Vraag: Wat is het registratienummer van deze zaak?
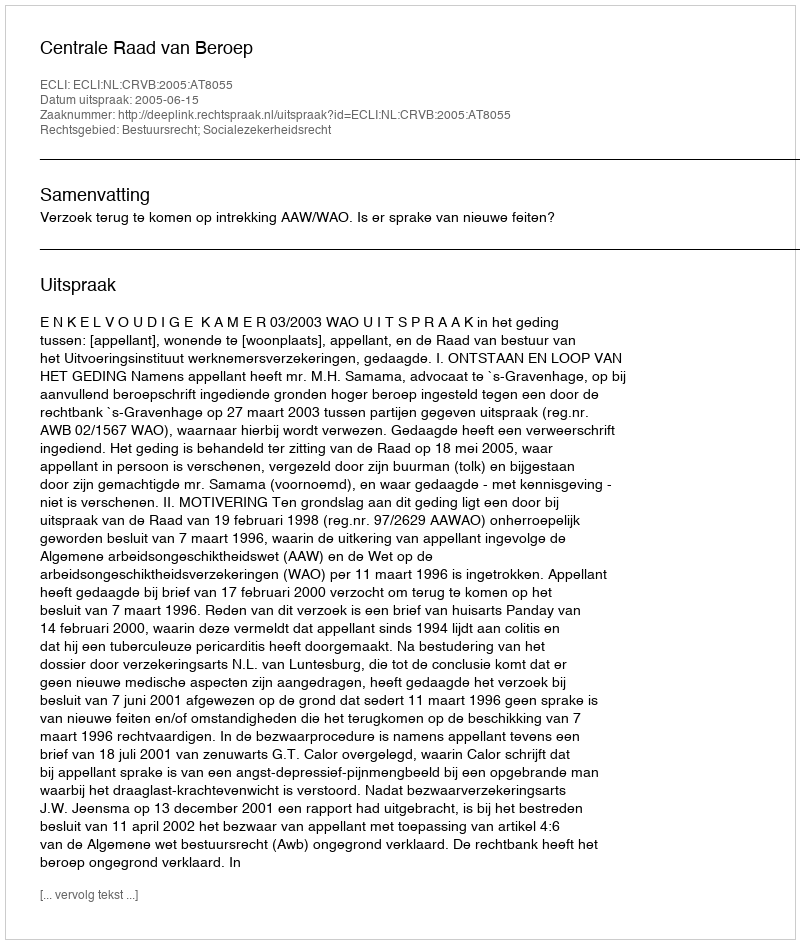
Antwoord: http://deeplink.rechtspraak.nl/uitspraak?id=ECLI:NL:CRVB:2005:AT8055